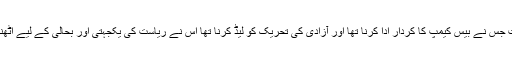
ستم ظریفی دیکھیے کہ وہ آزاد حکومت جس نے بیس کیمپ کا کردار ادا کرنا تھا اور آزادی کی تحریک کو لیڈ کرنا تھا اس نے ریاست کی یکجہتی اور بحالی کے لیے اٹھنے والی آوازوں کو کچلنا شروع کر دیا۔